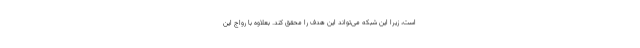
است، زیرا این شبکه می‌تواند این هدف را محقق کند. بعلاوه با رواج این